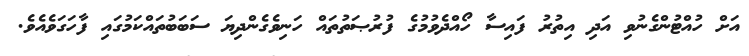
އަށް ހުއްޓުންގެނުވި އަދި އިތުރު ފައިސާ ހޯއްދެވުމުގެ ފުރުޞަތުތައް ހަނިވެގެންދިޔަ ސަބަބުތައްކަމުގައި ފާހަގަވެއެވެ.